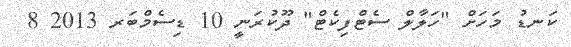
ކަނޑު މަހަށް "ހަލާލް ސެޓްފިކެޓް" ދޫކުރަނީ 10 ޑިސެމްބަރ 2013 8